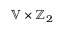
\mathbb { V } \times \mathbb { Z } _ { 2 }